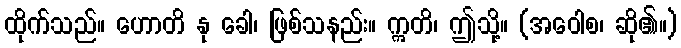
ထိုက်သည်။ ဟောတိ နု ခေါ၊ ဖြစ်သနည်း။ ဣတိ၊ ဤသို့။ (အဝေါစ၊ ဆို၏။)